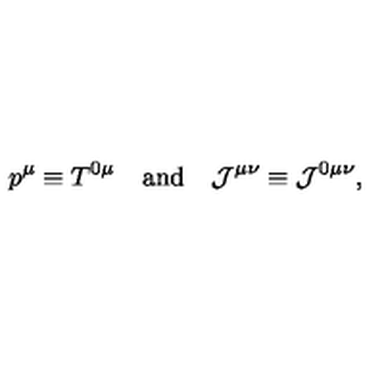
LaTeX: p ^ { \mu } \equiv T ^ { 0 \mu } \quad \mathrm { a n d } \quad { \cal J } ^ { \mu \nu } \equiv { \cal J } ^ { 0 \mu \nu } ,